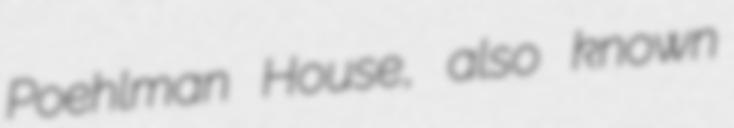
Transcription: Poehlman House, also known